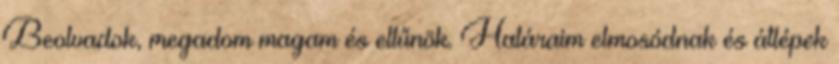
Beolvadok, megadom magam és eltűnök. Határaim elmosódnak és átlépek